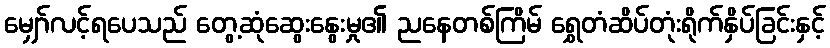
မျှော်လင့်ရပေသည် တွေ့ဆုံဆွေးနွေးမှု၏ ညနေတစ်ကြိမ် ရွှေတံဆိပ်တုံးရိုက်နှိပ်ခြင်းနှင့်